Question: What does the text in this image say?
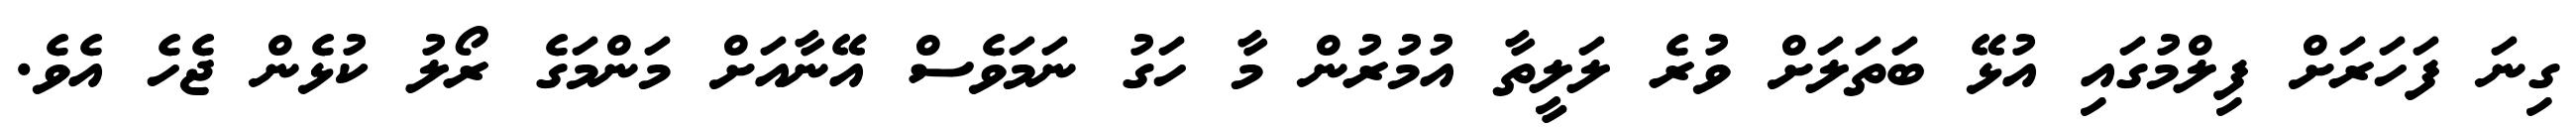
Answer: ގިނަ ފަހަރަށް ފިލްމުގައި އުޅޭ ބަތަލަށް ވުރެ ލަލީތާ އުމުރުން މާ ހަގު ނަމަވެސް އޭނާއަށް މަންމަގެ ރޯލު ކުޅެން ޖެހެ އެވެ.